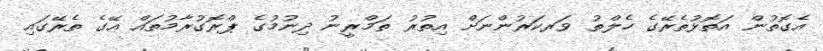
އެގޮތުން އަތޮޅުތެރޭގެ ހެލްތު ވަރކަރުންނަށް އިތުރު ތަމްރީނު ދިނުމުގެ ޕްރޮގުރާމުތައް އޭގެ ތެރޭގައި